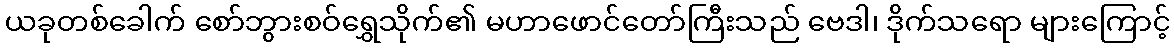
ယခုတစ်ခေါက် စော်ဘွားစဝ်ရွှေသိုက်၏ မဟာဖောင်တော်ကြီးသည် ဗေဒါ၊ ဒိုက်သရော များကြောင့်